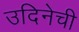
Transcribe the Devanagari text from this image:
उदिनेची